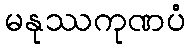
မနုဿကုဏပံ